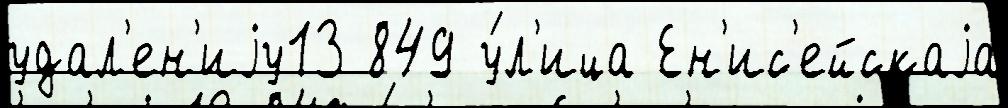
удал'ен'иjу13 849 у́л'ица Ен'ис'ейскаjа